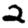
Digit: 2